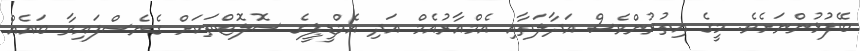
ބޭފުޅުންނަށެވެ. މީގެ އިތުރުންވެސް އަދާލަތާއި އެމްއާރުއެމް އަދި އެމްޑީޕީގެ ސޮލޮޓްތަކަށް ގެނެސްފައިވާ ބައެއް